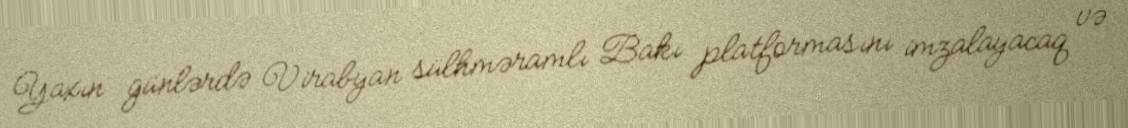
Yaxın günlərdə Virabyan sülhməramlı Bakı platformasını imzalayacaq və